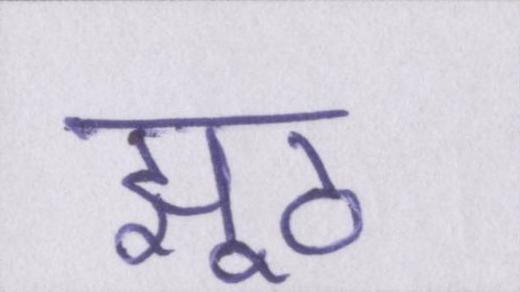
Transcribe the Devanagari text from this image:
झूठ